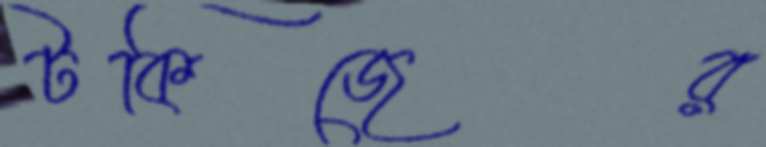
টকিজের